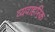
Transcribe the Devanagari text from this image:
व्यवाहरिक